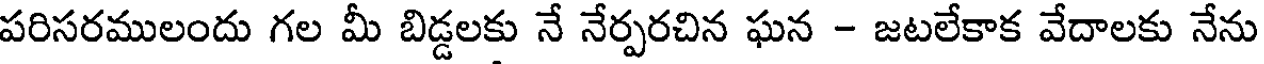
పరిసరములందు గల మీ బిడ్డలకు నే నేర్పరచిన ఘన - జటలేకాక వేదాలకు నేను